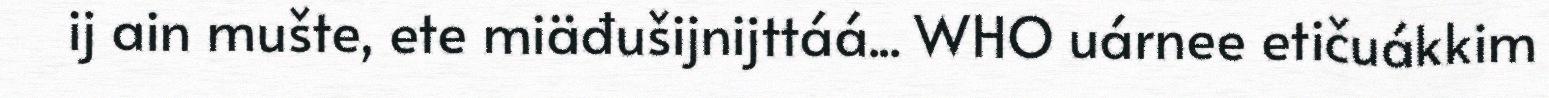
ij ain mušte, ete miäđušijnijttáá... WHO uárnee etičuákkim